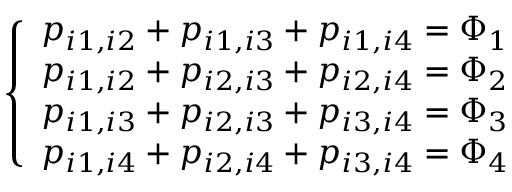
\left\{ \begin{array} { l l } { p _ { i 1 , i 2 } + p _ { i 1 , i 3 } + p _ { i 1 , i 4 } = \Phi _ { 1 } } \\ { p _ { i 1 , i 2 } + p _ { i 2 , i 3 } + p _ { i 2 , i 4 } = \Phi _ { 2 } } \\ { p _ { i 1 , i 3 } + p _ { i 2 , i 3 } + p _ { i 3 , i 4 } = \Phi _ { 3 } } \\ { p _ { i 1 , i 4 } + p _ { i 2 , i 4 } + p _ { i 3 , i 4 } = \Phi _ { 4 } } \end{array} \right.